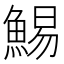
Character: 鯣